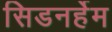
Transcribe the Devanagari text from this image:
सिडनर्हेम